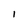
Character: I